Report of the Indian Hemp Drugs Commission, 1894-1895 - Volume V
Year: 1894
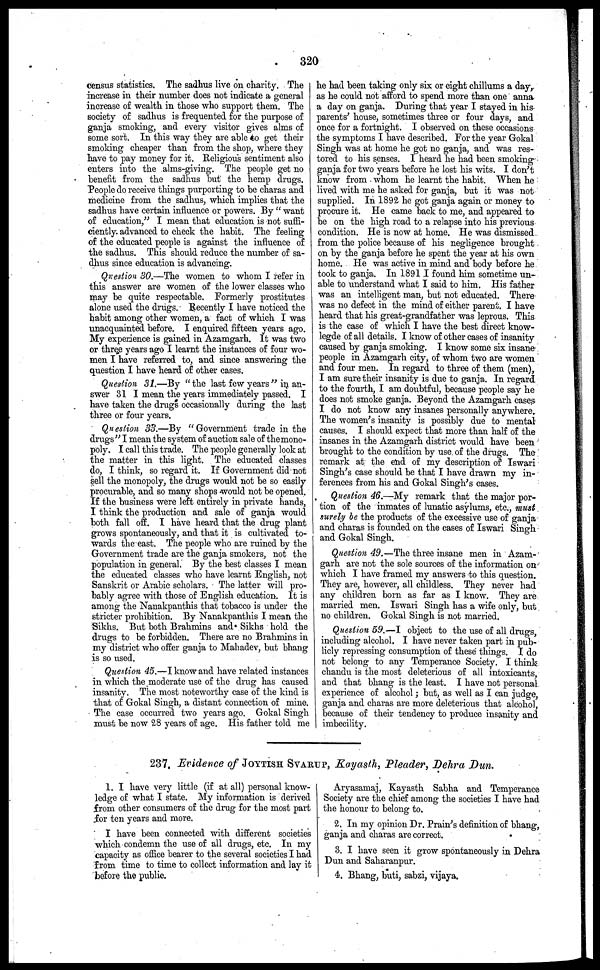
320
census statistics. The sadhus live on charity. The
increase in their number does not indicate a general
increase of wealth in those who support them. The
society of sadhus is frequented for the purpose of
ganja smoking, and every visitor gives alms of
some sort. In this way they are able to get their
smoking cheaper than from the shop, where they
have to pay money for it. Religious sentiment also
enters into the alms-giving. The people get no
benefit from the sadhus but the hemp drugs.
People do receive things purporting to be charas and
medicine from the sadhus, which implies that the
sadhus have certain influence or powers. By "want
of education,'' I mean that education is not suffi-
ciently advanced to check the habit. The feeling
of the educated people is against the influence of
the sadhus. This should reduce the number of sa-
dhus since education is advancing.
Question 30.—The women to whom I refer in
this answer are women of the lower classes who
may be quite respectable. Formerly prostitutes
alone used the drugs. Recently I have noticed the
habit among other women, a fact of which I was
unacquainted before. I enquired fifteen years ago.
My experience is gained in Azamgarh. It was two
or three years ago I learnt the instances of four wo-
men I have referred to, and since answering the
question I have heard of other cases.
Question 31.—By "the last few years" in an-
swer 31 I mean the years immediately passed. I
have taken the drugs occasionally during the last
three or four years.
Question 33.—By "Government trade in the
drugs" I mean the system of auction sale of the mono-
poly. I call this trade. The people generally look at
the matter in this light. The educated classes
do, I think, so regard it. If Government did not
sell the monopoly, the drugs would not be so easily
procurable, and so many shops would not be opened.
If the business were left entirely in private hands,
I think the production and sale of ganja would
both fall off. I have heard that the drug plant
grows spontaneously, and that it is cultivated to-
wards the east. The people who are ruined by the
Government trade are the ganja smokers, not the
population in general. By the best classes I mean
the educated classes who have learnt English, not
Sanskrit or Arabic scholars. The latter will pro-
bably agree with those of English education. It is
among the Nauakpanthis that tobacco is under the
stricter prohibition. By Nauakpanthis I mean the
Sikhs. But both Brahmins and Sikhs hold the
drugs to be forbidden. There are no Brahmins in
my district who offer ganja to Mahadev, but bhang
is so used.
Question 45.—I know and have related instances
in which the moderate use of the drug has caused
insanity. The most noteworthy case of the kind is
that of Gokal Singh, a distant connection of mine.
The ease occurred two years ago. Gokal Singh
must be now 28 years of age. His father told me
he had been taking only six or eight chillums a day,
as he could not afford to spend more than one anna
a day on ganja. During that year I stayed in his
parents' house, sometimes three or four days, and
once for a fortnight. I observed on these occasions
the symptoms I have described. For the year Gokal
Singh was at home he got no ganja, and was res-
tored to his senses. I heard he had been smoking
ganja for two years before he lost his wits. I don't
know from whom he learnt the habit. When he
lived with me he asked for ganja, but it was not
supplied. In 1892 he got ganja again or money to
procure it. He came back to me, and appeared to
be on the high road to a relapse into his previous
condition. He is now at home. He was dismissed
from the police because of his negligence brought
on by the ganja before he spent the year at his own
home. He was active in mind and body before he
took to ganja. In 1891 I found him sometime un-
able to understand what I said to him. His father
was an intelligent man, but not educated. There
was no defect in the mind of either parent. I have
heard that his great-grandfather was leprous. This
is the case of which I have the best direct know-
legde of all details. I know of other cases of insanity
caused by ganja smoking. I know some six insane
people in Azamgarh city, of whom two are women
and four men. In regard to three of them (men),
I am sure their insanity is due to ganja. In regard
to the fourth, I am doubtful, because people say he
does not smoke ganja. Beyond the Azamgarh cases
I do not know any insanes personally anywhere.
The women's insanity is possibly due to mental
causes. I should expect that more than half of the
insanes in the Azamgarh district would have been
brought to the condition by use of the drugs. The
remark at the end of my description of Iswari
Singh's case should be that I have drawn my in-
ferences from his and Gokal Singh's cases.
Question 46.—My remark that the major por-
tion of the inmates of lunatic asylums, etc., must
surely be the products of the excessive use of ganja
and charas is founded on the cases of Iswari Singh
and Gokal Singh.
Question 49.—The three insane men in Azam-
garh are not the sole sources of the information on
which I have framed my answers to this question.
They are, however, all childless. They never had
any children born as far as I know. They are
married men. Iswari Singh has a wife only, but
no children. Gokal Singh is not married.
Question 59.—I object to the use of all drags,
including alcohol. I have never taken part in pub-
licly repressing consumption of these things. I do
not belong to any Temperance Society. I think
chandu is the most deleterious of all intoxicants,
and that bhang is the least. I have not personal
experience of alcohol; but, as well as I can judge,
ganja and charas are more deleterious that alcohol,
because of their tendency to produce insanity and
imbecility.
237, Evidence of JOYTISH SVARUP, Kayasth, Pleader, Dehra Dun.
1. I have very little (if at all) personal know-
ledge of what I state. My information is derived
from other consumers of the drug for the most part
for ten years and more.
I have been connected with different societies
which condemn the use of all drags, etc. In my
capacity as office bearer to the several societies I had
from time to time to collect information and lay it
before the public.
Aryasamaj, Kayasth Sabha and Temperance
Society are the chief among the societies I have had
the honour to belong to.
2. In my opinion Dr. Prain's definition of bhang,
ganja and charas are correct.
3. I have seen it grow spontaneously in Dehra
Dun and Saharanpur.
4. Bhang, buti, sabzi, vijaya.